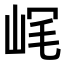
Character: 𡶮